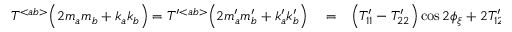
\begin{array} { r l r } { { \cal T } ^ { < a b > } \Big ( 2 m _ { a } m _ { b } + k _ { a } k _ { b } \Big ) = { \cal T } ^ { \prime } { } ^ { < a b > } \Big ( 2 m _ { a } ^ { \prime } m _ { b } ^ { \prime } + k _ { a } ^ { \prime } k _ { b } ^ { \prime } \Big ) } & { { } = } & { \Big ( { \cal T } _ { 1 1 } ^ { \prime } - { \cal T } _ { 2 2 } ^ { \prime } \Big ) \cos 2 \phi _ { \xi } + 2 { \cal T } _ { 1 2 } ^ { \prime } \sin 2 \phi _ { \xi } , } \end{array}